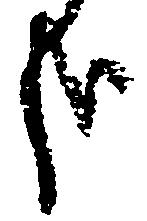
哉